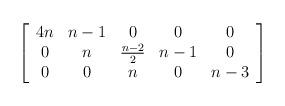
LaTeX: \begin{align*} \left[ \begin{array}{ccccc} 4n & n-1 & 0 & 0 & 0 \\ 0 & n & \frac{n-2}{2} & n-1 & 0 \\ 0 & 0 & n & 0 & n-3 \end{array} \right] \end{align*}